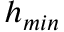
h _ { m i n }